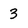
Character: 3